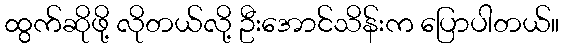
ထွက်ဆိုဖို့ လိုတယ်လို့ ဦးအောင်သိန်းက ပြောပါတယ်။